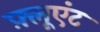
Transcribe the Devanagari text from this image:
फ़्लूएंट